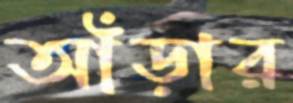
আঁড়ার